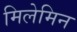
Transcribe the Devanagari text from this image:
मिलेमिन